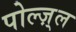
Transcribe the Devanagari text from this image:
पोल्ज़्ल